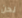
نحن